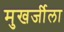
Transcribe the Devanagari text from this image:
मुखर्जीला